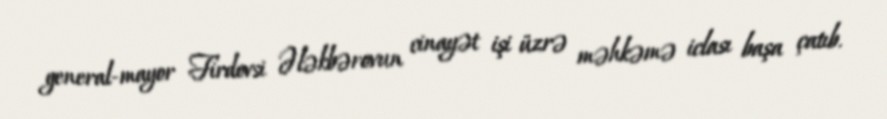
general-mayor Firdovsi Ələkbərovun cinayət işi üzrə məhkəmə iclası başa çatıb.